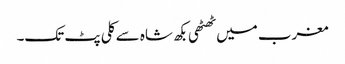
مغرب میں ٹھٹھی بکھ شاہ سے کلی پٹ تک۔